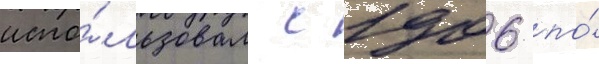
испо́льзовал с 1906 по́